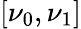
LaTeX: [\nu_{0},\nu_{1}]